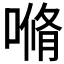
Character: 𰈣